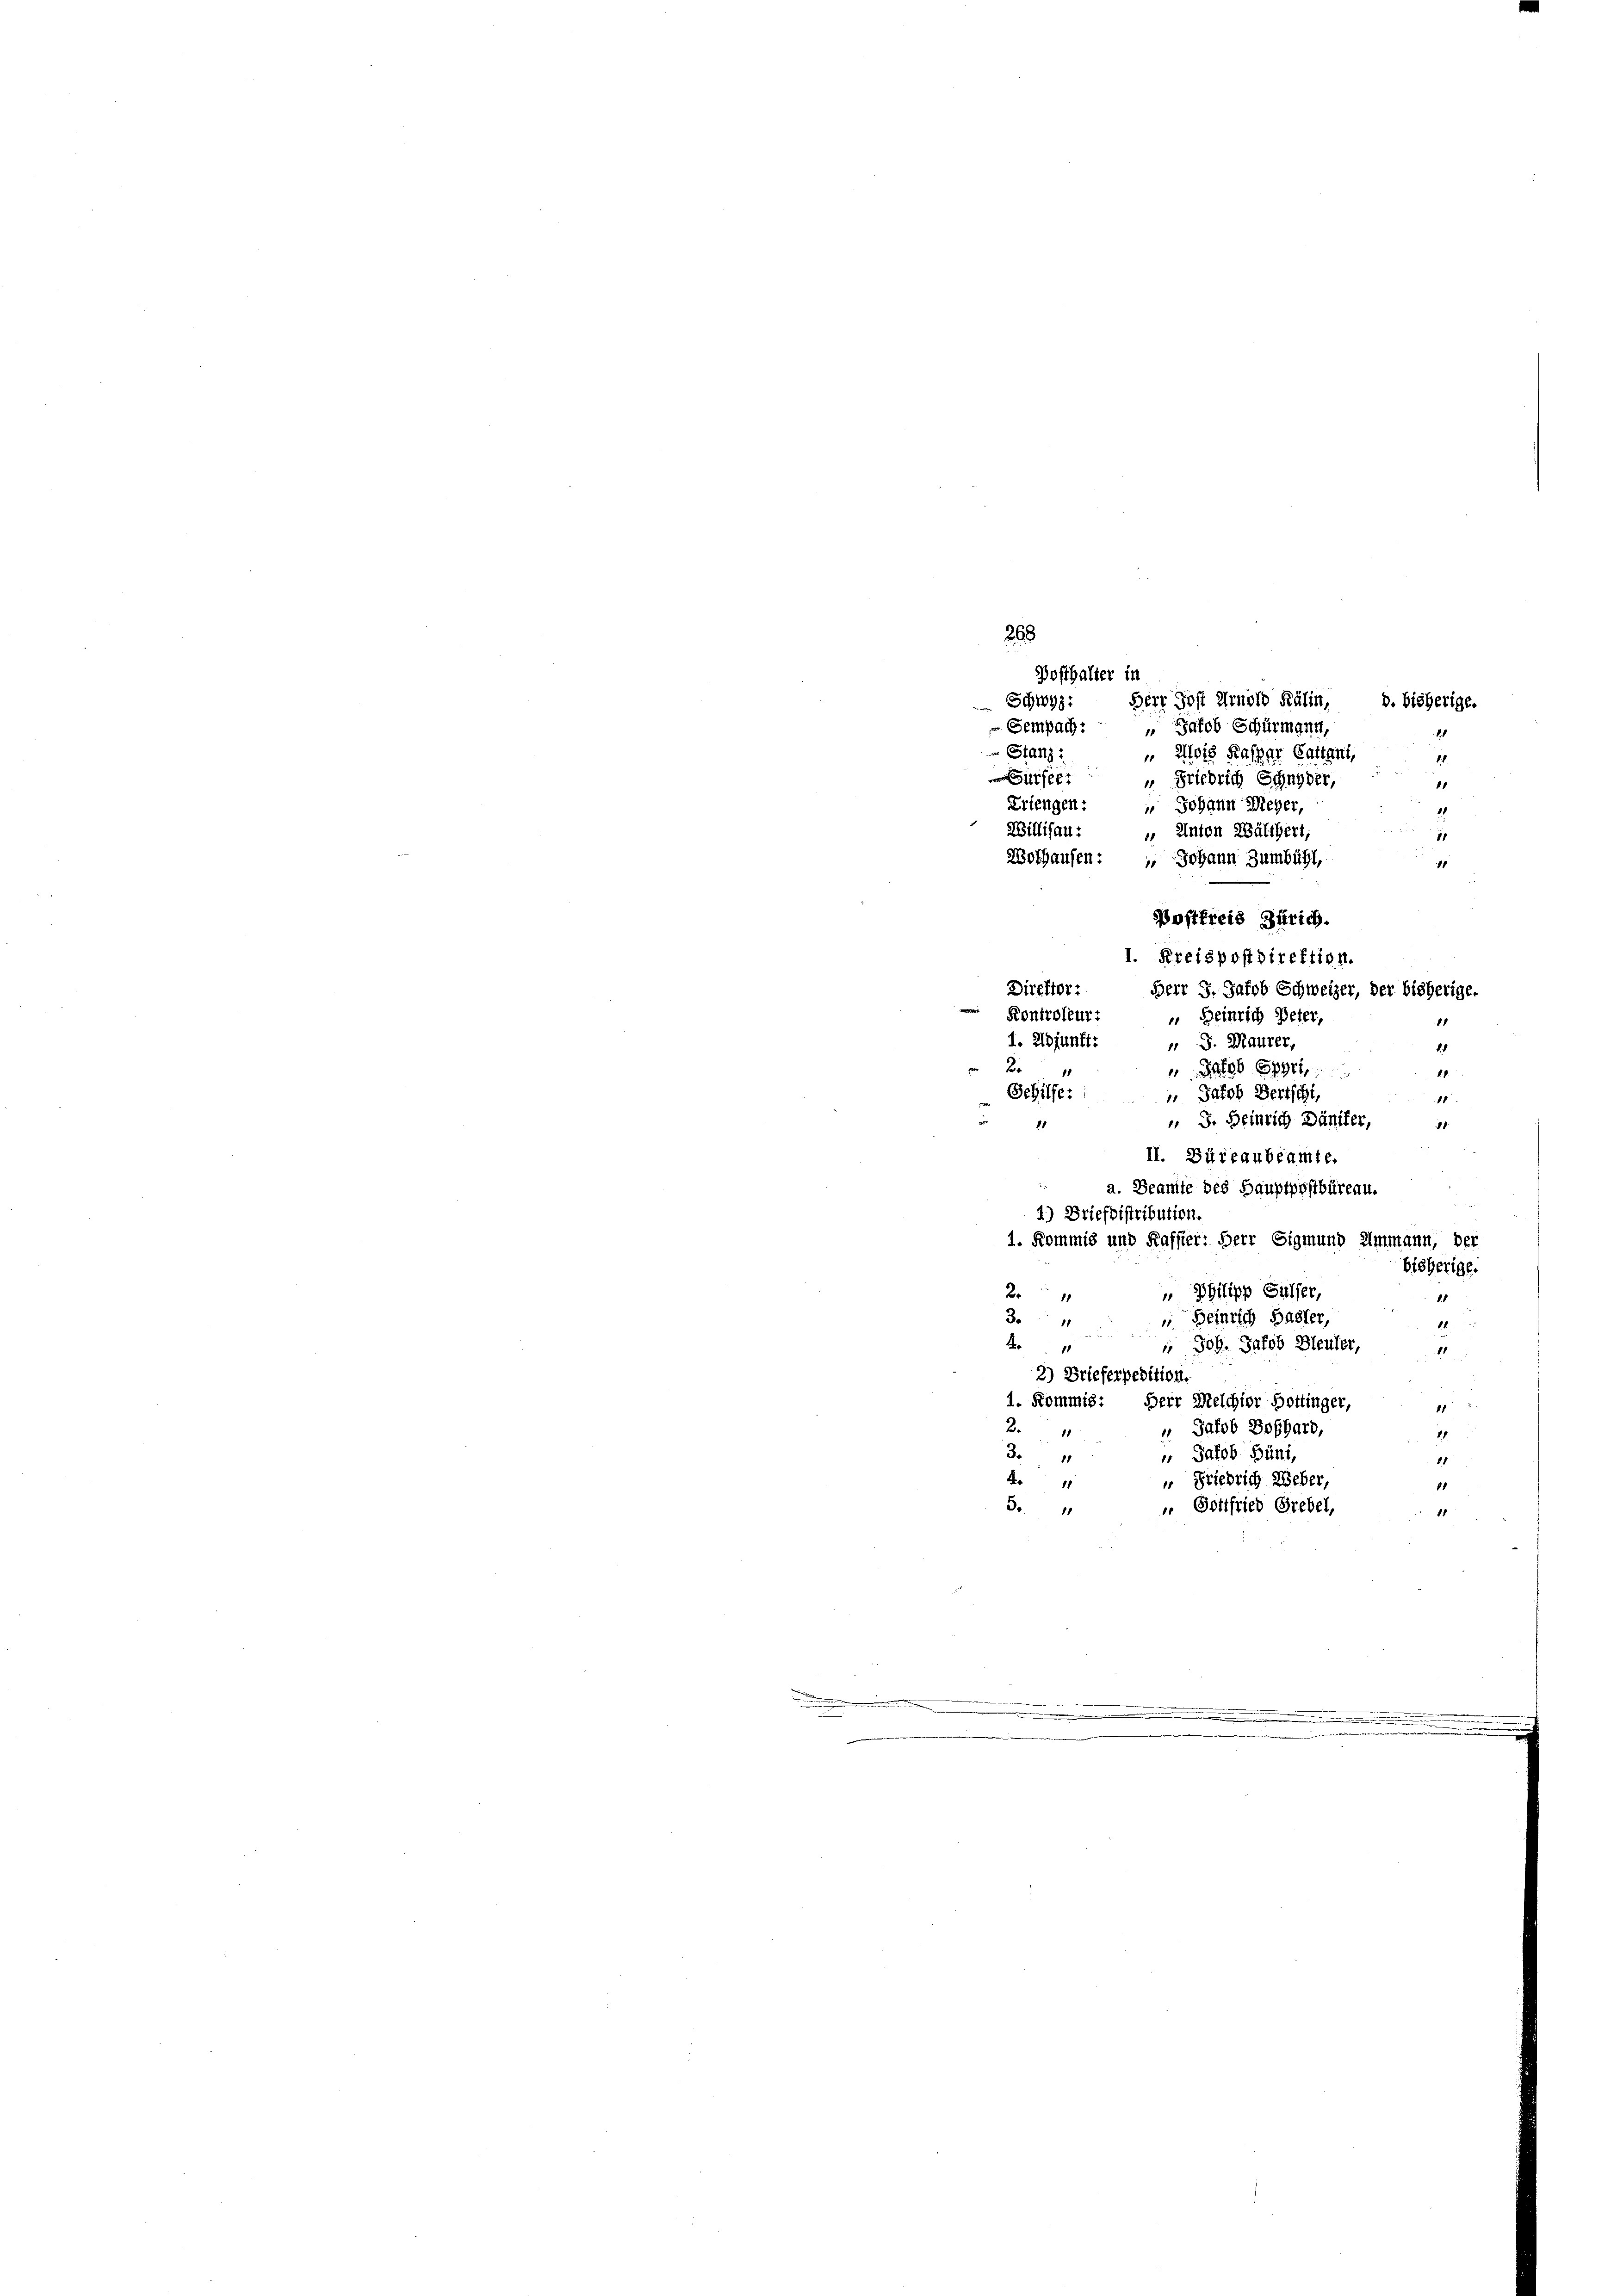
268
Bosthalter in
Schwyz: Herr Jost Arnold Kälin,
d. bisherige.
 Sempach: „Jakob Schürmann,
 Stanz:
14.

fe: " Friedrich Schnyder,
1
Triengen: " Johann Meyer,
21
Willisau:
 Anton Wälthert,
11
Wofhausen: " Johann Zumbühl,
81
Postfreis Zürich.
I. Kreispostdirektion.
Direktor:
Herr J. Jakob Schweizer, der bisherige,
 Kontroleur:
 Heinrich Peter,
1. Adjunft
 S. Maurer,
alob Spyri,
2
k. P.
 Jakob Bertschi,
Schilfe:
1
 F. Heinrich Däniker,
11
1
II. Büreaubeamte.
 a. Beamte des Hauptpostbüreau.
1) Brieflistribution.
1. Kommis und Kaffier: Herr Sigmund Ammann, der
bisherige.
" Philipp Galler,
2
1.1
3. " " Beinrich Basler,
21.
4
 Joh. Jakob Bleuler,
81
2) Brieferpedition.
1. Kommis. Herr Melchior Hottinger,
1
“ Jakob Boßhard,
2
11
 Jakob Hüni,
3
81
4
 Friedrich Weber,
81
" Gottfried Grebel,
3
11
.
.

" Alois Kaspar Gatten,

1
1